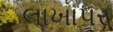
લાખાપર